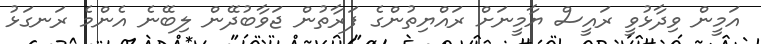
އަމީން ވިދާޅުވީ ރައީސް ޔާމީނަށް ރައްޔިތުންގެ ފަރާތުން ޖަވާބުދޭން ލިބޭނެ އެންމެ ރަނގަޅު